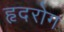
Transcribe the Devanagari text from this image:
हृदरोग